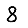
Digit: 8